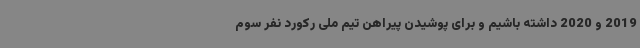
2019 و 2020 داشته باشیم و برای پوشیدن پیراهن تیم ملی رکورد نفر سوم